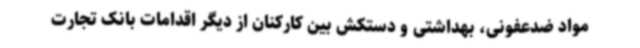
مواد ضدعفونی، بهداشتی و دستکش بین کارکنان از دیگر اقدامات بانک تجارت